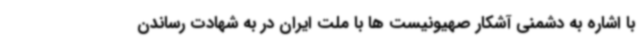
با اشاره به دشمنی آشکار صهیونیست ها با ملت ایران در به شهادت رساندن